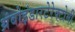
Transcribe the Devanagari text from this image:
थ्रंबोइंडारटेरेक्टोमी